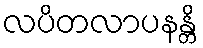
လပိတလာပနန္တိ